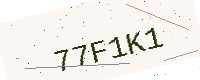
Text: 77F1K1